Report on vaccination in Madras 1877-1894 - 1877-1894
Year: 1877
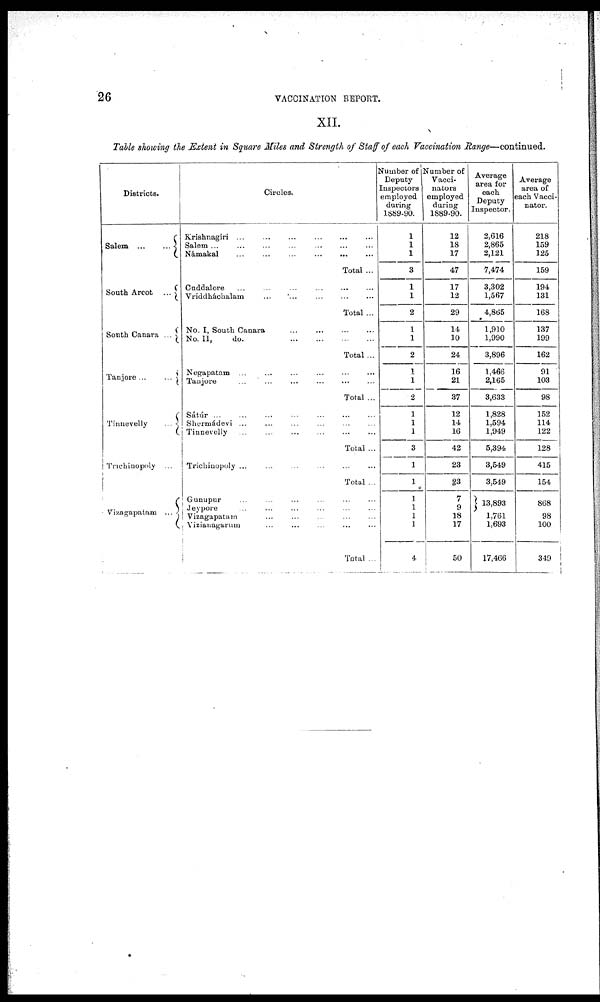
26
VACCINATION REPORT.
XII.
Table showing the Extent in Square Miles and Strength of Staff of each Vaccination Range—continued.
Districts.
Salem
...
...
South Arcot
...
South Canara ...
Tanjore
...
...
Tinnevelly
...
Trichinopoly ...
Vizagapatam ...
Circles.
Krishnagiri ...
...
...
...
...
...
Salem
...
...
...
...
...
...
...
Namakal
...
...
...
...
...
...
Total ...
Cuddalore
...
...
...
...
...
...
Vriddhachalam ... ... ... ... ...
Total ...
No. I, South Canara
...
...
...
...
No. II,
do.
...
...
...
...
Total ...
Negapatam ...
....
...
...
...
...
Tanjore
...
...
...
...
...
...
Total ...
Sátúr ... ... ... ... ... ... ...
Shermádevi ... ... ... ... ... ...
Tinnevelly ...
...
...
...
...
...
Total ...
Trichinopoly ...
...
...
...
...
...
Total...
Gunupur ... ... ... ... ... ...
Jeypore ... ... ... ... ... ...
Vizagapatam
...
...
...
...
...
Viziauagarum ... ... ... ... ...
Total ...
Number of
Deputy
Inspectors
employed
during
1889-90.
1
1
1
3
1
1
2
1
1
2
1
1
2
1
1
1
3
1
1
1
1
1
1
4
Number of
Vacci-
nators
employed
during
1889-90.
12
18
17
47
17
12
29
14
10
24
16
21
37
12
14
16
42
23
83
7
9
18
17
50
Average
area for
each
Deputy
Inspector.
2,616
2,865
2,121
7,474
3,302
1,567
4,865
1,910
1,990
3,896
1,466
2,165
3,633
1,828
1,594
1,949
5,394
3,549
3,549
13,893
1,761
1,693
17,466
Average
area of
each Vacci-
nator.
218
159
125
159
194
131
168
137
199
162
91
103
98
152
114
122
128
415
154
868
98
100
349